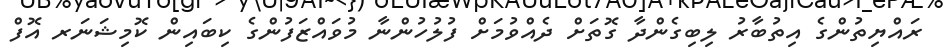
ރައްޔިތުންގެ އިތުބާރު ލިބިގެންދާ ގޮތަށް ދެއްވުމަށް ފުލުހުންނާ މުވައްޒަފުންގެ ކިބައިން ކޮމިޝަނަރ އޮފް